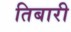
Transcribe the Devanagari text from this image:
तिबारी